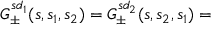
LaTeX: { \cal G } _ { \pm } ^ { s d _ { 1 } } ( s , s _ { 1 } , s _ { 2 } ) = { \cal G } _ { \pm } ^ { s d _ { 2 } } ( s , s _ { 2 } , s _ { 1 } ) =